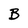
Character: B